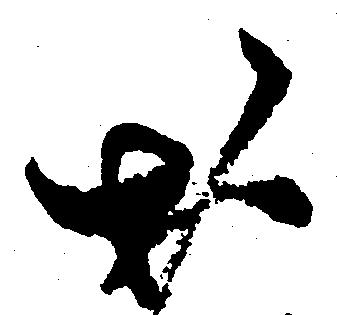
お